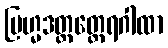
ဗြဟ္မဒတ္တတ္ထေရဂါထာ